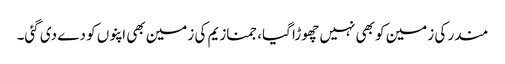
مندر کی زمین کو بھی نہیں چھوڑا گیا، جمنازیم کی زمین بھی اپنوں کو دے دی گئی۔